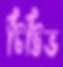
টিট্টিভ